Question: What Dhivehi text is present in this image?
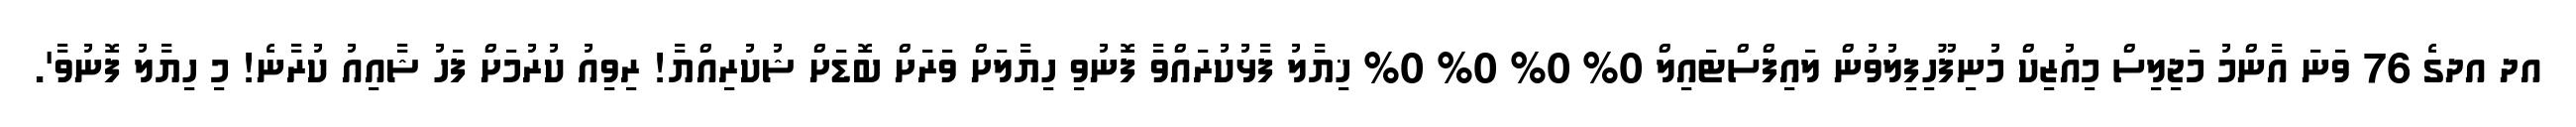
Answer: އދ އދގެ 76 ވަނަ އާންމު މަޖިލިސް މިއުޒިކް މުނިފޫހިފިލުވުން ލައިފްސްޓައިލް 0% 0% 0% 0% ޚިޔާލު ފާޅުކުރައްވާ ފޮނުވި ހިޔާލަށް ވަރަށް ބޮޑަށް ޝުކުރިއްޔާ! ރިވިއު ކުރުމަށް ފަހު ޝާއިއު ކުރާނެ! މި ހިޔާލު ފޮނުވާ'.